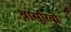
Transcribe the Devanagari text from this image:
बासुंरियों